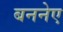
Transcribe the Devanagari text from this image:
बननेए